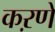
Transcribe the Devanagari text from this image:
कऱणे